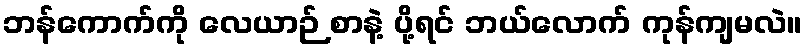
ဘန်ကောက်ကို လေယာဉ် စာနဲ့ ပို့ရင် ဘယ်လောက် ကုန်ကျမလဲ။